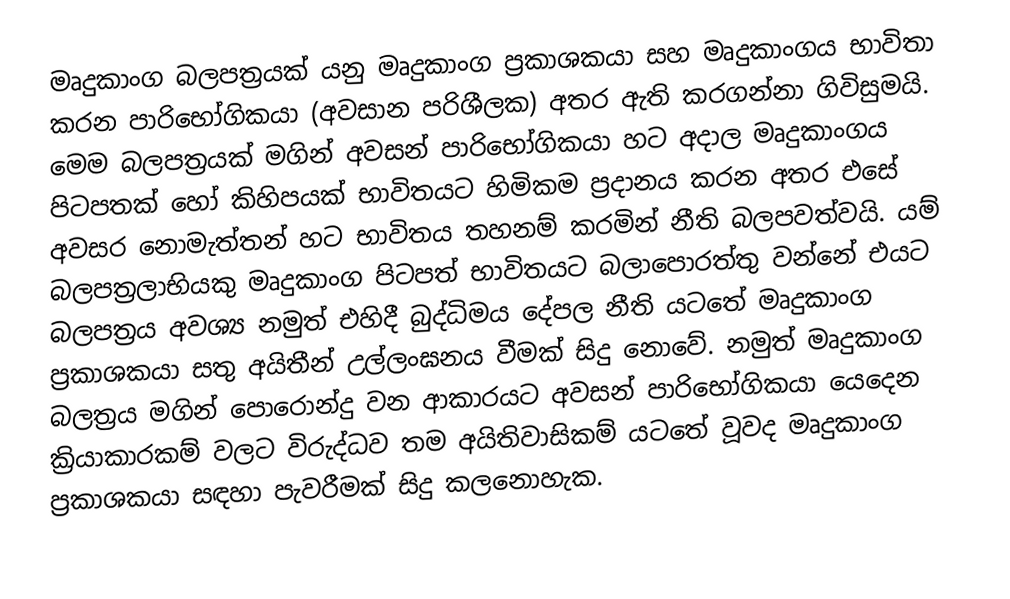
මෘදුකාංග බලපත්‍රයක් යනු මෘදුකාංග ප්‍රකාශකයා සහ මෘදුකාංගය භාවිතා කරන පාරිභෝගිකයා (අවසාන පරිශීලක) අතර ඇති කරගන්නා ගිවිසුමයි. මෙම බලපත්‍රයක් මගින් අවසන් පාරිභෝගිකයා හට අදාල මෘදුකාංගය පිටපතක් හෝ කිහිපයක් භාවිතයට හිමිකම ප්‍රදානය කරන අතර එසේ අවසර නොමැත්තන් හට භාවිතය තහනම් කරමින් නීති බලපවත්වයි. යම් බලපත්‍රලාභියකු මෘදුකාංග පිටපත් භාවිතයට බලාපොරත්තු වන්නේ එයට බලපත්‍රය අවශ්‍ය නමුත් එහිදී බුද්ධිමය දේපල නීති යටතේ මෘදුකාංග ප්‍රකාශකයා සතු අයිතීන් උල්ලංඝනය වීමක් සිදු නොවේ. නමුත් මෘදුකාංග බලත්‍රය මගින් පොරොන්දු වන ආකාරයට අවසන් පාරිභෝගිකයා යෙදෙන ක්‍රියාකාරකම් වලට විරුද්ධව තම අයිතිවාසිකම් යටතේ වූවද මෘදුකාංග ප්‍රකාශකයා සඳහා පැවරීමක් සිදු කලනොහැක.